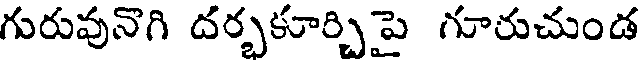
గురువునొగి దర్భకూర్చిపై గూరుచుండ